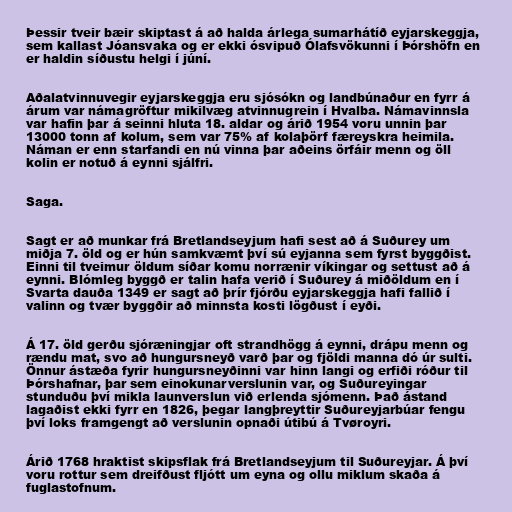
Þessir tveir bæir skiptast á að halda árlega sumarhátíð eyjarskeggja,
sem kallast Jóansvaka og er ekki ósvipuð Ólafsvökunni í Þórshöfn en
er haldin síðustu helgi í júní.

Aðalatvinnuvegir eyjarskeggja eru sjósókn og landbúnaður en fyrr á
árum var námagröftur mikilvæg atvinnugrein í Hvalba. Námavinnsla
var hafin þar á seinni hluta 18. aldar og árið 1954 voru unnin þar
13000 tonn af kolum, sem var 75% af kolaþörf færeyskra heimila.
Náman er enn starfandi en nú vinna þar aðeins örfáir menn og öll
kolin er notuð á eynni sjálfri.

Saga.

Sagt er að munkar frá Bretlandseyjum hafi sest að á Suðurey um
miðja 7. öld og er hún samkvæmt því sú eyjanna sem fyrst byggðist.
Einni til tveimur öldum síðar komu norrænir víkingar og settust að á
eynni. Blómleg byggð er talin hafa verið í Suðurey á miðöldum en í
Svarta dauða 1349 er sagt að þrír fjórðu eyjarskeggja hafi fallið í
valinn og tvær byggðir að minnsta kosti lögðust í eyði.

Á 17. öld gerðu sjóræningjar oft strandhögg á eynni, drápu menn og
rændu mat, svo að hungursneyð varð þar og fjöldi manna dó úr sulti.
Önnur ástæða fyrir hungursneyðinni var hinn langi og erfiði róður til
Þórshafnar, þar sem einokunarverslunin var, og Suðureyingar
stunduðu því mikla launverslun við erlenda sjómenn. Það ástand
lagaðist ekki fyrr en 1826, þegar langþreyttir Suðureyjarbúar fengu
því loks framgengt að verslunin opnaði útibú á Tvøroyri.

Árið 1768 hraktist skipsflak frá Bretlandseyjum til Suðureyjar. Á því
voru rottur sem dreifðust fljótt um eyna og ollu miklum skaða á
fuglastofnum.